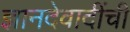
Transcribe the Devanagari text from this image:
ज्ञानदेवादींची